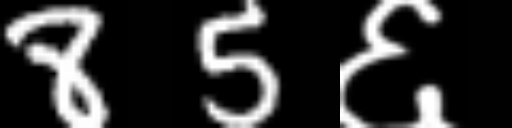
Text: 85६